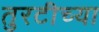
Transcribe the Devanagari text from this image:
तुरटीच्या